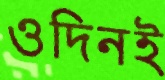
ওদিনই